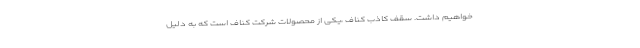
خوا‌هیم داشت. سقف کاذب کناف ،یکی از محصولات شرکت کناف است که به دلیل